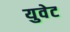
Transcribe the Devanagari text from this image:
युवेट